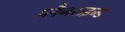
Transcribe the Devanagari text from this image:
प्लैजराइज्ड